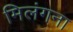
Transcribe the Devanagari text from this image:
मिलंगना